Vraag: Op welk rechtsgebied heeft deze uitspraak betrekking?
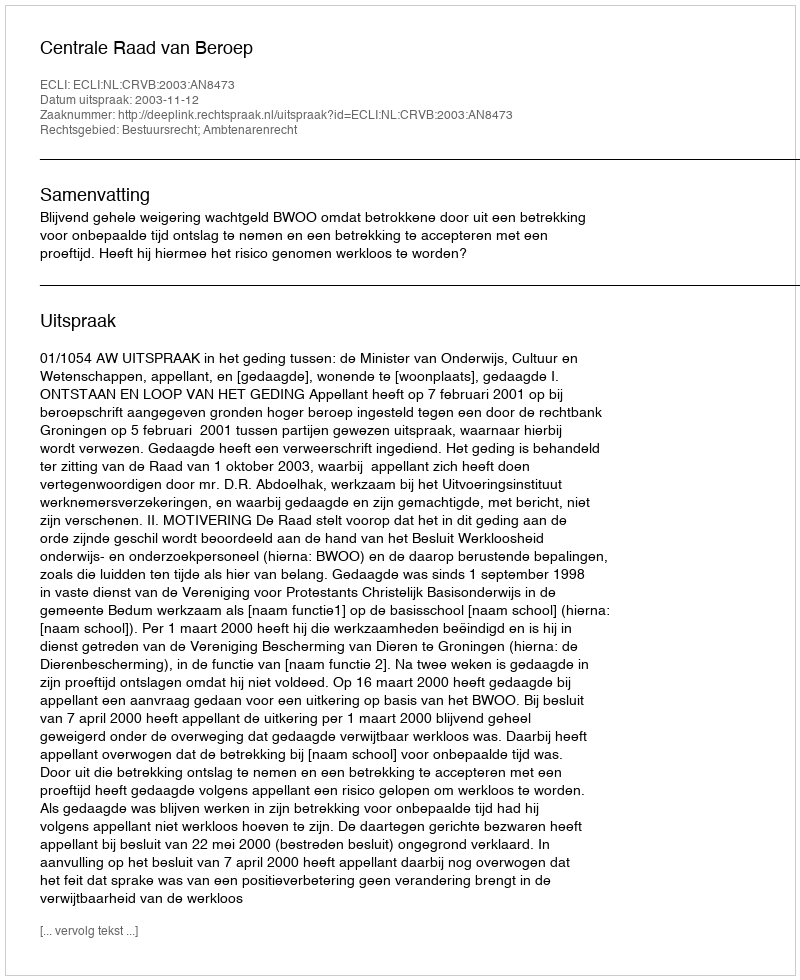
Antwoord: Bestuursrecht; Ambtenarenrecht